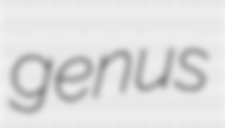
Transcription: genus